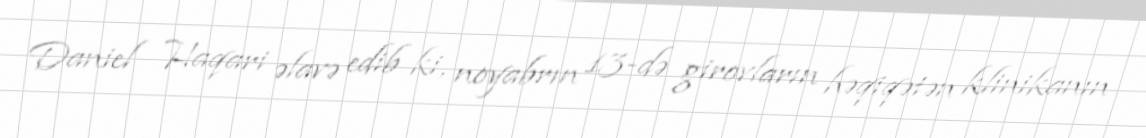
Daniel Haqari əlavə edib ki, noyabrın 13-də girovların həqiqətən klinikanın